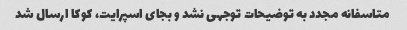
متاسفانه مجدد به توضیحات توجهی نشد و بجای اسپرایت، کوکا ارسال شد